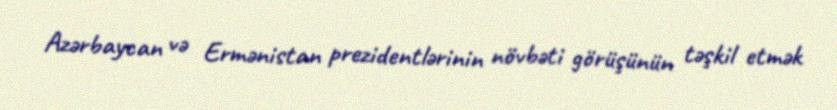
Azərbaycan və Ermənistan prezidentlərinin növbəti görüşünün təşkil etmək